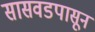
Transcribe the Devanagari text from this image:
सासवडपासून